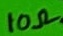
Text: 10Ω